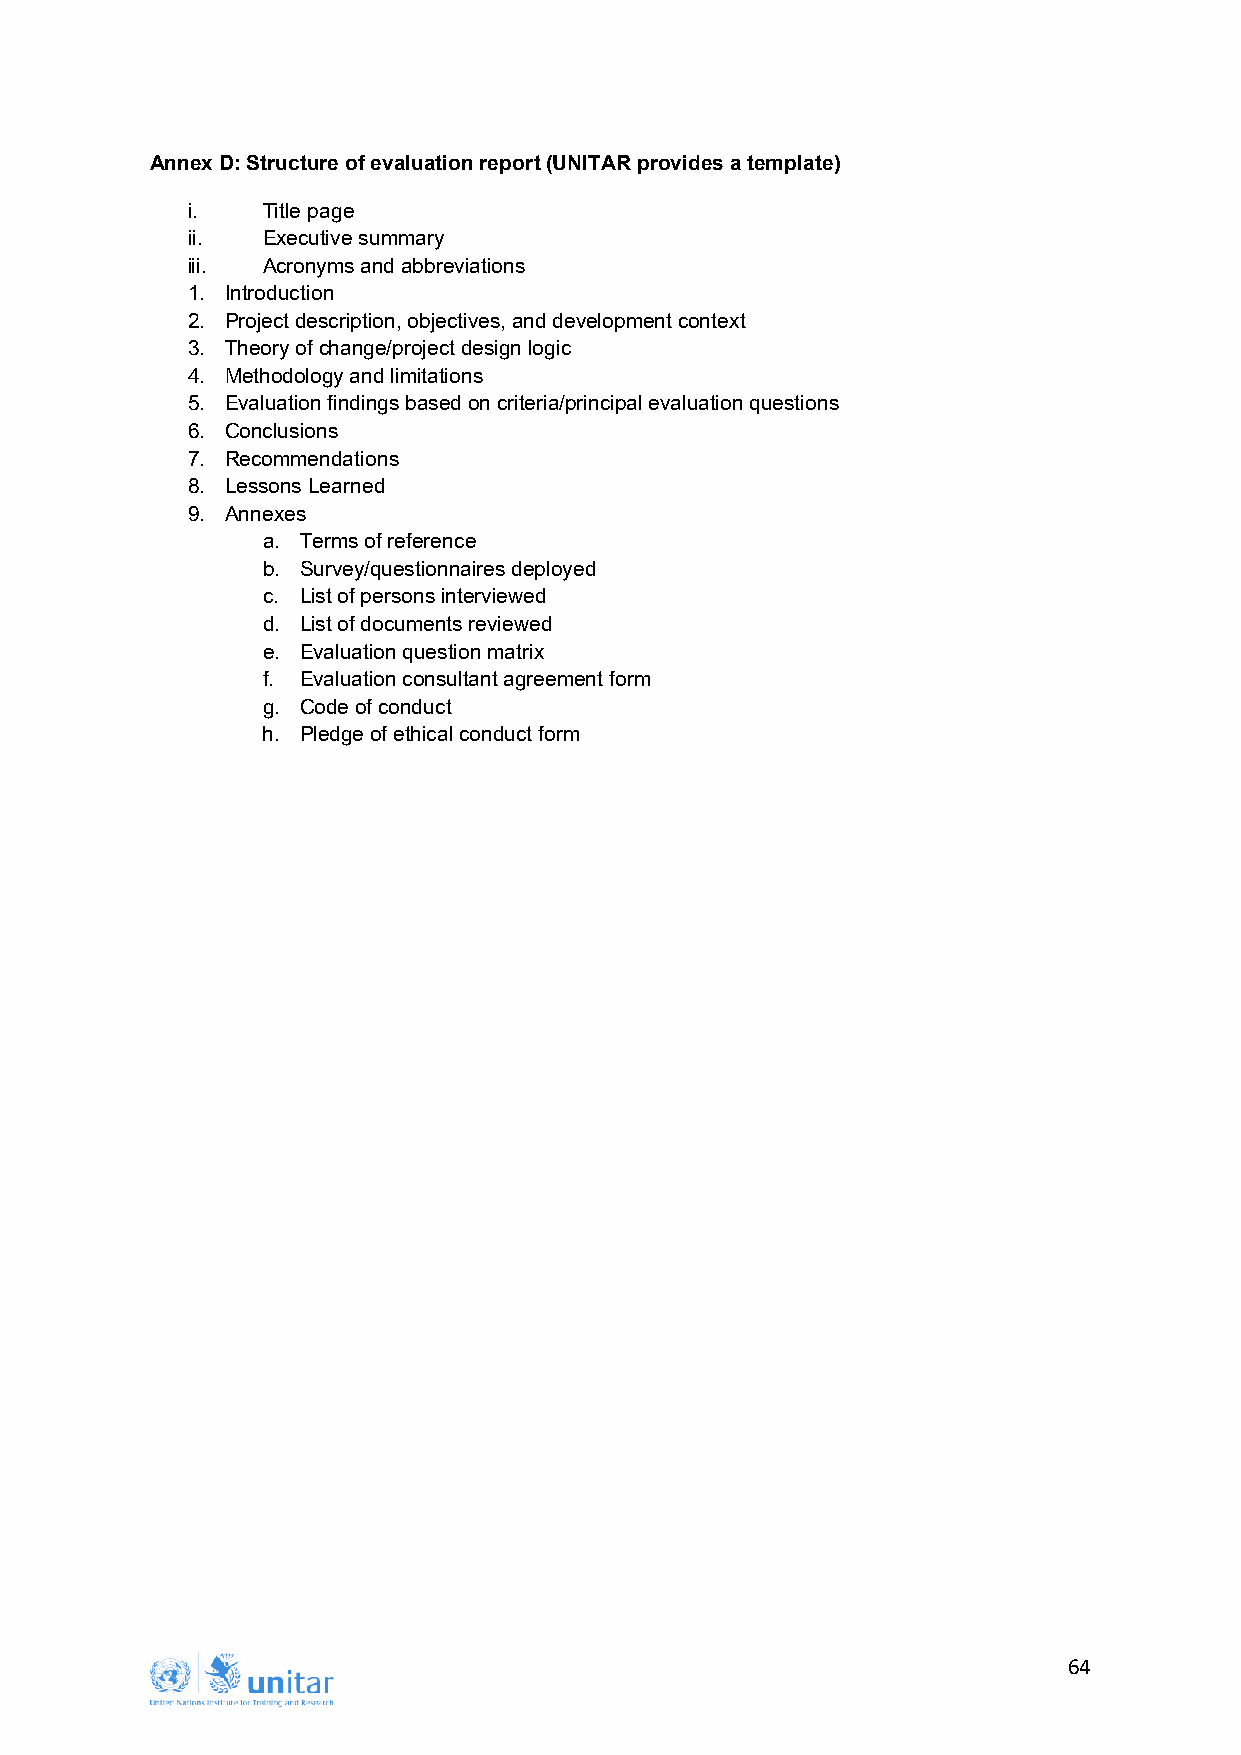
Annex D: Structure of evaluation report (UNITAR provides a template)
 i.   Title page
 ii.  Executive summary
 iii. Acronyms and abbreviations
 1. Introduction
 2. Project description, objectives, and development context
 3. Theory of change/project design logic
 4. Methodology and limitations
 5. Evaluation findings based on criteria/principal evaluation questions
 6. Conclusions
 7. Recommendations
 8. Lessons Learned
 9. Annexes
 a. Terms of reference
 b. Survey/questionnaires deployed
 c. List of persons interviewed
 d. List of documents reviewed
 e. Evaluation question matrix
 f. Evaluation consultant agreement form
 g. Code of conduct
 h. Pledge of ethical conduct form
 64